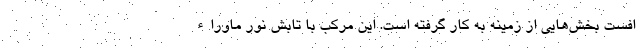
افست بخش‌هایی از زمینه به کار گرفته است. این مرکب با تابش نور ماوراء